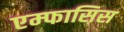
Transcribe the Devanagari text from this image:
एम्फासिस